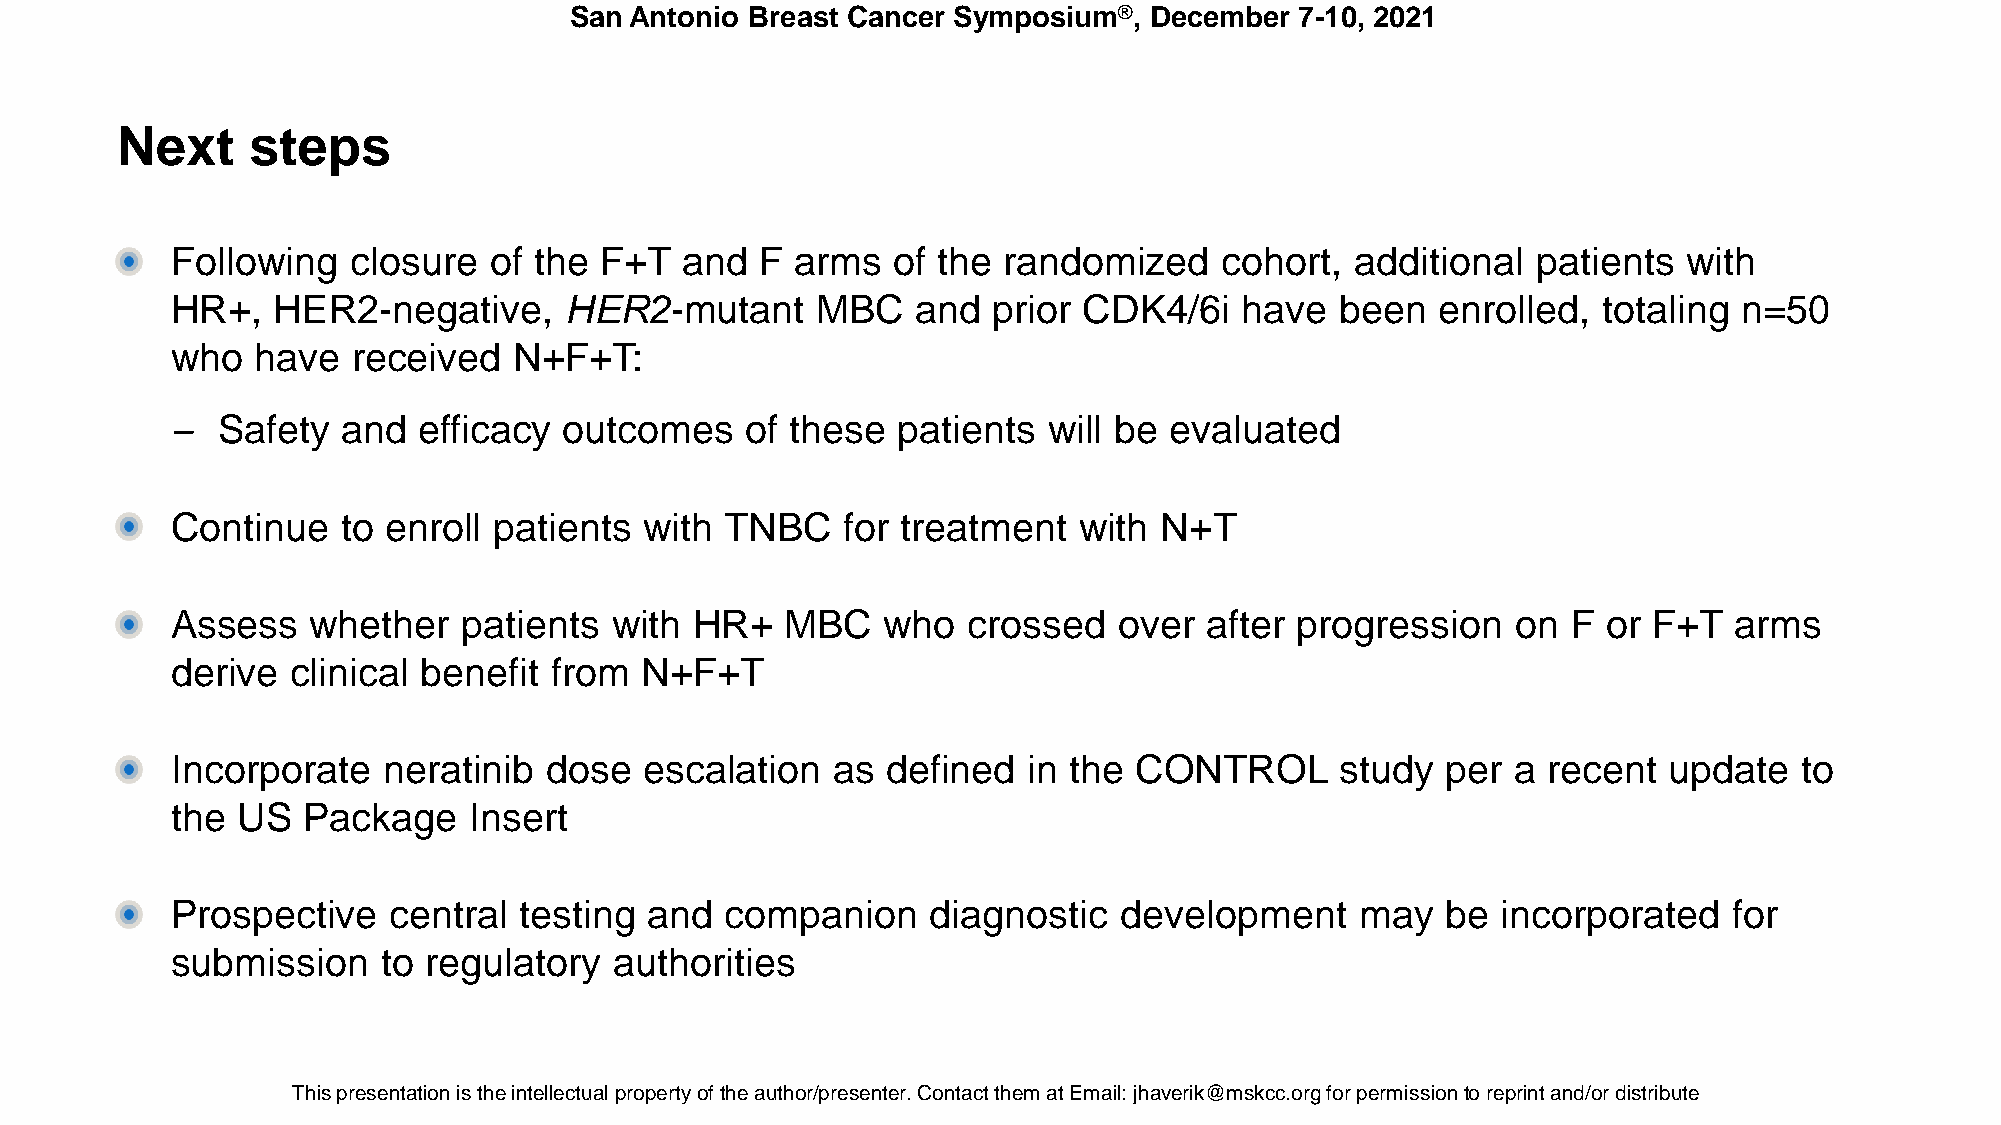
San Antonio Breast Cancer Symposium®, December  7-10, 2021
 Next    steps
 Following   closure  of the  F+T  and  F  arms  of the randomized     cohort,  additional  patients  with
 HR+,   HER2-negative,     HER2-mutant      MBC    and  prior CDK4/6i   have   been  enrolled,  totaling n=50
 who   have  received   N+F+T:
 – Safety   and  efficacy outcomes    of these  patients  will be evaluated
 Continue    to enroll patients  with TNBC    for treatment  with  N+T
 Assess    whether   patients  with HR+   MBC    who  crossed   over  after progression   on  F or F+T   arms
 derive  clinical benefit from  N+F+T
 Incorporate   neratinib  dose   escalation  as  defined  in the CONTROL       study  per a recent  update   to
 the  US  Package    Insert
 Prospective    central testing  and  companion     diagnostic  development     may   be incorporated    for
 submission    to regulatory   authorities
 This presentaTthioisn p irse stehnet aintiotenl liesc tthuea iln pterlolepceturtayl porfo ptheert ya ouft hthoer /apurtehsoer/nptreers.e Cntoenr.t aCcotn ttahcetm th eamt aXtX EXmXXaiXl: XjhXaXvXeXriXk@XXm@skXcXcX.oXrXgX foXr. EpDerUmifsosri opnetrom reispsriionnt atnod r/oerp driinsttr iabuntde/or distribute.